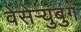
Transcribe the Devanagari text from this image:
वेसेऱ्युबुंग